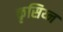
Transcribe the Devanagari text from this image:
कृसिय्न